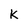
Character: K